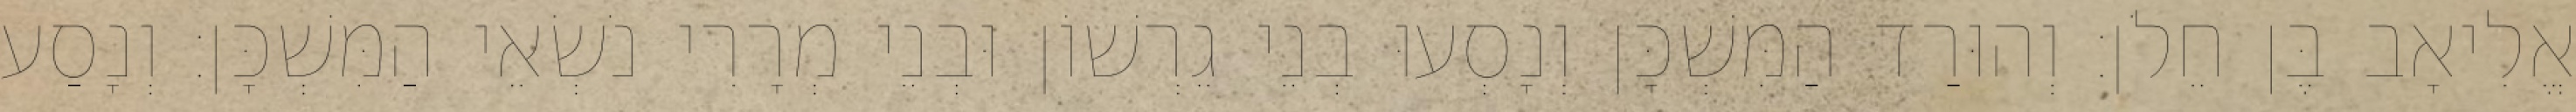
אֱלִיאָב בֶּן חֵלֹן׃ וְהוּרַד הַמִּשְׁכָּן וְנָסְעוּ בְנֵי גֵרְשׁוֹן וּבְנֵי מְרָרִי נֹשְׂאֵי הַמִּשְׁכָּן׃ וְנָסַע